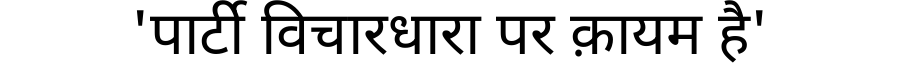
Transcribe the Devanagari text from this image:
'पार्टी विचारधारा पर क़ायम है'